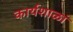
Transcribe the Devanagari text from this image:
कार्यशाळां